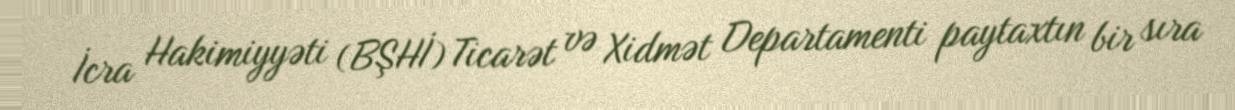
İcra Hakimiyyəti (BŞHİ) Ticarət və Xidmət Departamenti paytaxtın bir sıra